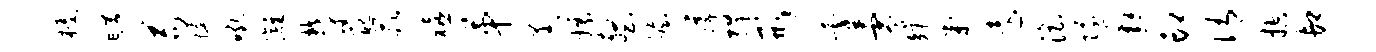
榛旷苟婕吼漓郁配冢禧第恙嫖壑幄孺捍形藿零矩判远淫隧邂印侑控卸